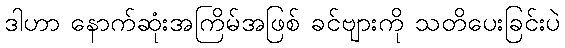
ဒါဟာ နောက်ဆုံးအကြိမ်အဖြစ် ခင်ဗျားကို သတိပေးခြင်းပဲ